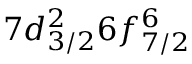
7 d _ { 3 / 2 } ^ { 2 } 6 f _ { 7 / 2 } ^ { 6 }